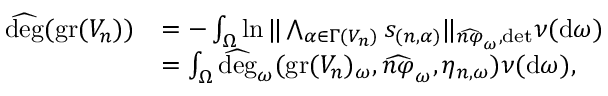
\begin{array} { r l } { \widehat { \deg } ( \operatorname { g r } ( V _ { n } ) ) } & { = - \int _ { \Omega } \ln \| \bigwedge _ { \alpha \in \Gamma ( V _ { n } ) } s _ { ( n , \alpha ) } \| _ { \widehat { n \varphi } _ { \omega } , \operatorname* { d e t } } \nu ( \mathrm { d } \omega ) } \\ & { = \int _ { \Omega } \widehat { \deg } _ { \omega } ( \operatorname { g r } ( V _ { n } ) _ { \omega } , \widehat { n \varphi } _ { \omega } , \eta _ { n , \omega } ) \nu ( \mathrm { d } \omega ) , } \end{array}